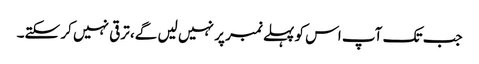
جب تک آپ اس کو پہلے نمبر پر نہیں لیں گے، ترقی نہیں کر سکتے۔